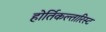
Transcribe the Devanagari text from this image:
होर्तिकल्तारिस्ट